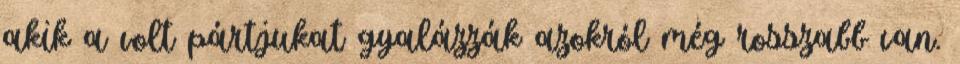
akik a volt pártjukat gyalázzák azokról még rosszabb van.